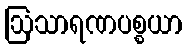
ဩသာရဏပစ္စယာ